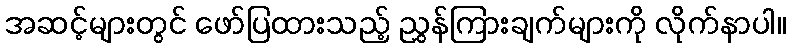
အဆင့်များတွင် ဖော်ပြထားသည့် ညွှန်ကြားချက်များကို လိုက်နာပါ။